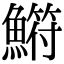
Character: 𫙳